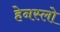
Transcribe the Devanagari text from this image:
हेनस्लो